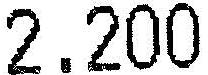
2.200